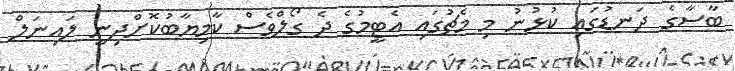
ބާސާގެ ދަނޑުގައި ކުޅުނު މި މެޗުގައި އެޓީމުގެ ދެ ގޯލްވެސް ކާމިޔާބުކޮށްދިނީ ލައިނަލް